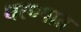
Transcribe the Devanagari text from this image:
धरण्‍यात